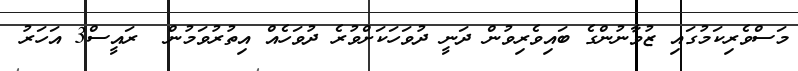
މަސްވެރިކަމުގައި ޒުވާނުންގެ ބައިވެރިވުން ދަނީ ދުވަހަކަށްވުރެ ދުވަހެއް އިތުރުވަމުން  ރައީސް3 އަހަރު